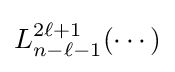
L_{n-\ell -1}^{2\ell +1}(\cdots )